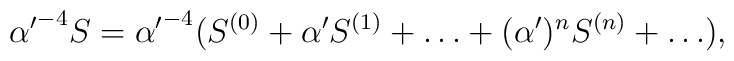
{{\alpha'}^{-4} S = {\alpha'}^{-4} (S^{(0)} +{\alpha'}  S^{(1)} + \ldots + (\alpha')^n  S^{(n)} + \ldots) ,}